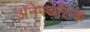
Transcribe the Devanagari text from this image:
अनेस्थेटिक